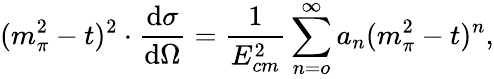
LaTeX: (m_{\pi}^{2}-t)^{2}\cdot\frac{\mathrm{d}\sigma}{\mathrm{d}\Omega}=\frac{1}{E_{cm}^{2}}\sum_{n=o}^{\infty}a_{n}(m_{\pi}^{2}-t)^{n},